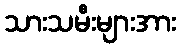
သားသမီးများအား